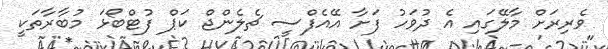
ވެރިރަށް މާލޭގައި އެ ދުވަހު ފަށާ އޭއެފްސީ ޗެލެންޖް ކަޕް ފުޓްބޯޅަ މުބާރާތަކީ